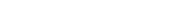
٤٠